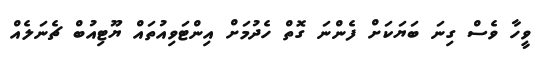
ވީހާ ވެސް ގިނަ ބަޔަކަށް ފެންނަ ގޮތް ހެދުމަށް އިންޓަވިއުތައް ޔޫޓިއުބް ޗެނަލެއް